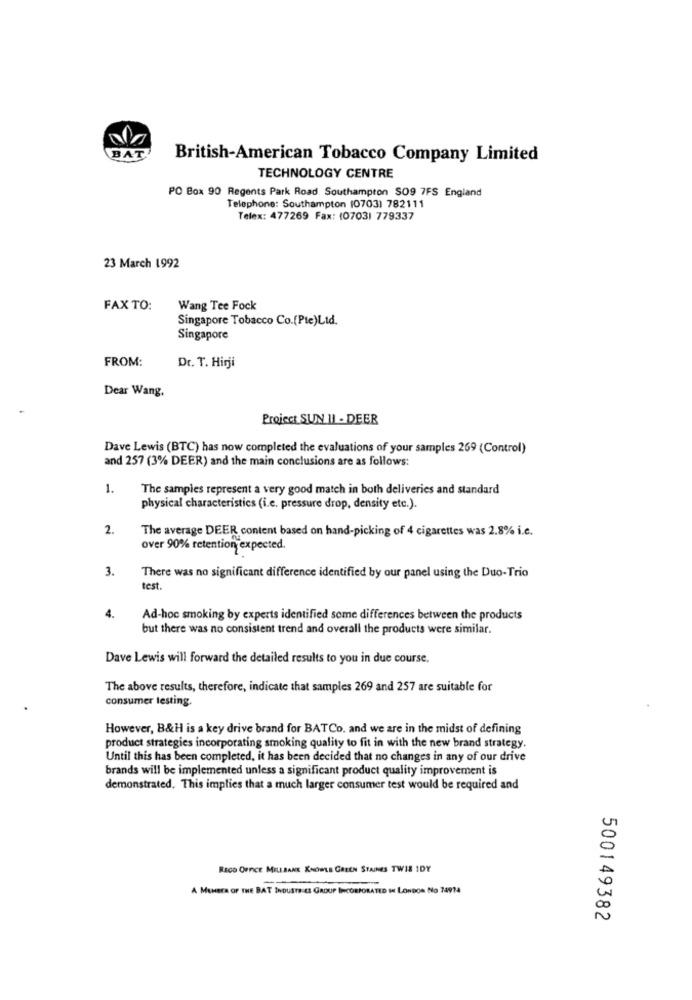
BAT
British-American Tobacco Company Limited
TECHNOLOGY CENTRE
PO Box 90 Regents Park Road Southampton SO9 7FS England
Telephone: Southampton (0703) 782111
Telex: 477269 Fax: (0703) 779337
23 March 1992
FAX TO:
Wang Tee Fock
Singapore Tobacco Co.[Pie)Ltd.
Singapore
FROM:
Dr. T. Hirji
Dear Wang,
Project SUN 11 - DEER
Dave Lewis (BTC) has now completed the evaluations of your samples 269 (Control)
and 257 (3% DEER) and the main conclusions are as follows:
1.
The samples represent a very good match in both deliveries and standard
physical characteristics (i.e. pressure drop, density etc.).
2.
The average DEER content based on hand-picking of 4 cigarettes was 2.8% i.c.
over 90% retention expected.
3.
There was no significant difference identified by our panel using the Duo-Trio
test.
4.
Ad-hoc smoking by experts identified some differences between the products
but there was no consistent trend and overall the products were similar.
Dave Lewis will forward the detailed results to you in due course.
The above results, therefore, indicate that samples 269 and 257 are suitable for
consumer testing.
However, B&H is a key drive brand for BATCo. and we are in the midst of defining
product strategies incorporating smoking quality to fit in with the new brand strategy.
Until this has been completed, it has been decided that no changes in any of our drive
brands will be implemented unless a significant product quality improvement is
demonstrated. This implies that a much larger consumer test would be required and
RECO OFFICE MILLBANK KNOWLE GREEN STAINES TWIS IDY
A MEMBER OF THE BAT INDUSTRIES GROUP INCORPORATED IN LONDON No 74914
500149382